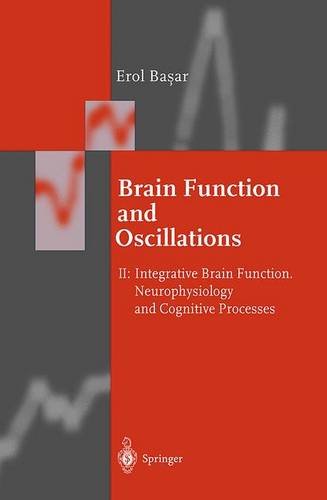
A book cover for Brain Function and Oscillations: Volume II: Integrative Brain Function. Neurophysiology and Cognitive Processes (Springer Series in Synergetics); Erol Basar; Science & Math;